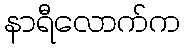
နာရီလောက်က